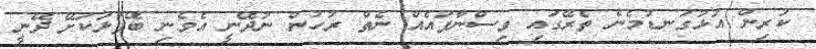
ކުރިން އަޅުގަނޑުމެން ތެރޭގައި ވިސްނާފައެއް ނެތް ރުހުން ނުދޭނީ އެވެނި ބޭފުޅަކަށޭ ދޭނީ